Civil Veterinary Dept. Bombay admin report 1900-1906 - 1900-1906
Year: 1900
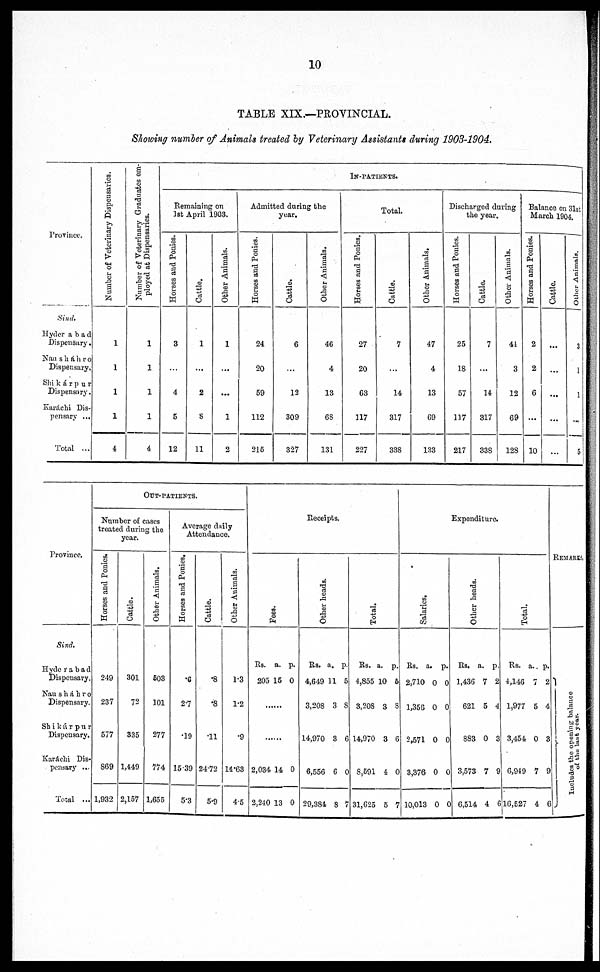
10
TABLE XIX.—PROVINCIAL.
Showing number of Animals treated by Veterinary Assistants during 1903-1904.
Province.
Sind .
Hyderabad
Dispensary.
Nausháhro
Dispensary,
Shikávpur
Dispensary.
Karáchi Dis-
pensary ...
Total ...
Number of Veterinary Dispensaries.
1
1
1
1
4
Number of Veterinary Graduates em-
ployed at Dispensaries.
1
1
1
1
4
IN-PATIENTS.
Remaining on
1st April 1903.
Horses and Ponies.
3
...
4
5
12
Cattle.
1
...
2
8
11
Other Animals.
1
...
...
1
2
Admitted during the
year.
Horses and Ponies.
24
20
59
112
216
Cattle.
6
...
12
309
327
Other Animals.
4G
4
13
68
131
Total.
Horses and Ponies.
27
20
63
117
227
Cattle.
7
...
14
317
33S
Other Animals,
47
4
13
69
133
Discharged during
the year.
Horses and Ponies.
25
18
57
117
217
Cattle.
7
...
14
317
338
Other Animals.
41
3
12
69
128
Balance on 31st
March 1904.
Horses and Ponies.
2
2
6
...
10
Cattle.
...
...
...
...
...
Other Animals.
3
1
1
...
5
Province.
Sind.
Hyderabad
Dispensary.
Nausháhro
Dispensary.
Shikárpur
Dispensary.
Karáchi Dis-
pensary ...
Total ...
OUT-PATIENTS.
Number of cases
treated during the
year.
Horses and Ponies.
249
237
577
S69
1,932
Cattle.
301
72
335
1,449
2,157
Other Animals.
603
101
277
774
1,655
Average daily
Attendance.
Horses and Ponies.
.6
2.7
.19
15.39
5.3
Cattle.
.8
.8
.11
2472
5.9
Other Animals.
1.3
1.2
.9
14.63
4.5
Receip
ts.
Fees.
Rs.
205
a.
15
p.
0
.........
.......
2,034
2,210
14
13
0
0
Other heads.
Rs.
4,649 1
3,208
14,970
6,556
29,384
a.
1
3
3
6
8
p.
5
8
6
0
7
Total.
Rs.
4,855
3,208
14,970
8,691
31,625
a.
10
3
3
4
5
p.
5
8
6
0
7
Expendi
tur
e.
Salaries.
Rs.
2,710
1,356
2,571
3,376
10,013
a.
0
0
0
0
0
p.
0
0
0
0
C
Other heads.
Rs.
1,436
621
883
3,573
6,514
a.
7
5
0
7
4
p.
2
4
3
9
6
Total.
Rs.
4,146
1,977
3,454
6,949
16,527
a.
7
5
0
7
4
p.
2
4
3
9
6
REMARKS.
Includes the openi ng bal ance
of the l ast y